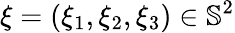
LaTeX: \xi=(\xi_{1},\xi_{2},\xi_{3})\in\mathbb{S}^{2}